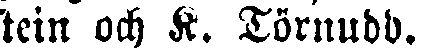
stein och K. Törnudd.